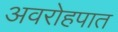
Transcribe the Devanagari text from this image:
अवरोहपात